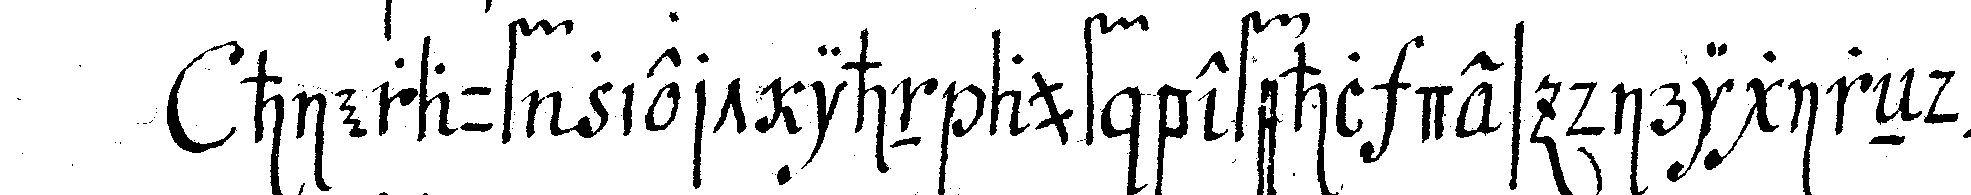
hierauf ziert ihn auf befehl des dirigireNdeN *nee*